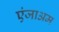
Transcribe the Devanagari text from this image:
एंजाअम